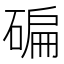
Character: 碥